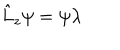
LaTeX: \hat { L } _ { z } \psi = \psi \lambda